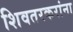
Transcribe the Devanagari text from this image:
शिवतरकरांना